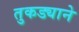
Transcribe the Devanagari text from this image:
तुकड्याने